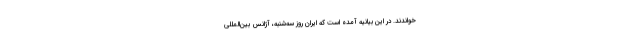
خواندند. در این بیانیه آمده است که ایران روز سه‌شنبه، آژانس بین‌المللی